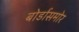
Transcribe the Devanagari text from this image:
बोर्डासमोर